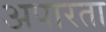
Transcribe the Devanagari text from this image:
अपारता